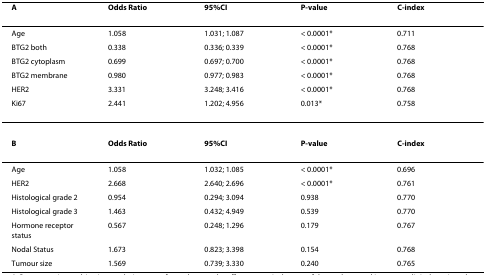
<table><thead><tr><td><b>A</b></td><td><b>Odds Ratio</b></td><td><b>95%CI</b></td><td><b>P-value</b></td><td><b>C-index</b></td></tr></thead><tbody><tr><td>Age</td><td>1.058</td><td>1.031; 1.087</td><td>&lt; 0.0001*</td><td>0.711</td></tr><tr><td>BTG2 both</td><td>0.338</td><td>0.336; 0.339</td><td>&lt; 0.0001*</td><td>0.768</td></tr><tr><td>BTG2 cytoplasm</td><td>0.699</td><td>0.697; 0.700</td><td>&lt; 0.0001*</td><td>0.768</td></tr><tr><td>BTG2 membrane</td><td>0.980</td><td>0.977; 0.983</td><td>&lt; 0.0001*</td><td>0.768</td></tr><tr><td>HER2</td><td>3.331</td><td>3.248; 3.416</td><td>&lt; 0.0001*</td><td>0.768</td></tr><tr><td>Ki67</td><td>2.441</td><td>1.202; 4.956</td><td>0.013*</td><td>0.758</td></tr><tr><td><b>B</b></td><td><b>Odds Ratio</b></td><td><b>95%CI</b></td><td><b>P-value</b></td><td><b>C-index</b></td></tr><tr><td>Age</td><td>1.058</td><td>1.032; 1.085</td><td>&lt; 0.0001*</td><td>0.696</td></tr><tr><td>HER2</td><td>2.668</td><td>2.640; 2.696</td><td>&lt; 0.0001*</td><td>0.761</td></tr><tr><td>Histological grade 2</td><td>0.954</td><td>0.294; 3.094</td><td>0.938</td><td>0.770</td></tr><tr><td>Histological grade 3</td><td>1.463</td><td>0.432; 4.949</td><td>0.539</td><td>0.770</td></tr><tr><td>Hormone receptor status</td><td>0.567</td><td>0.248; 1.296</td><td>0.179</td><td>0.767</td></tr><tr><td>Nodal Status</td><td>1.673</td><td>0.823; 3.398</td><td>0.154</td><td>0.768</td></tr><tr><td>Tumour size</td><td>1.569</td><td>0.739; 3.330</td><td>0.240</td><td>0.765</td></tr></tbody></table>